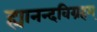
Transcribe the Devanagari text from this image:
ह्यानन्दविग्रहम्